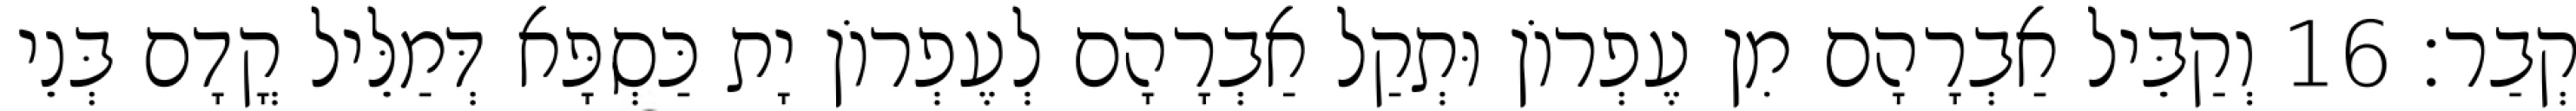
קְבַר׃ 16 וְקַבֵּיל אַבְרָהָם מִן עֶפְרוֹן וּתְקַל אַבְרָהָם לְעֶפְרוֹן יָת כַּסְפָּא דְּמַלֵּיל קֳדָם בְּנֵי